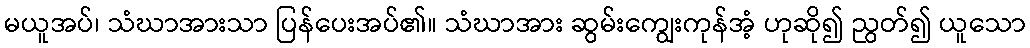
မယူအပ်၊ သံဃာအားသာ ပြန်ပေးအပ်၏။ သံဃာအား ဆွမ်းကျွေးကုန်အံ့ ဟုဆို၍ ညွတ်၍ ယူသော